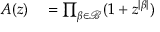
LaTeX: \begin{array} { r l } { A ( z ) } & { { } { } = \prod _ { \beta \in { \mathcal { B } } } ( 1 + z ^ { | \beta | } ) } \end{array}